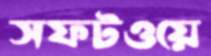
সফটওয়ে